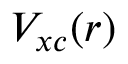
V _ { x c } ( r )